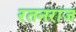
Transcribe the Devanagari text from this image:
रतनराज